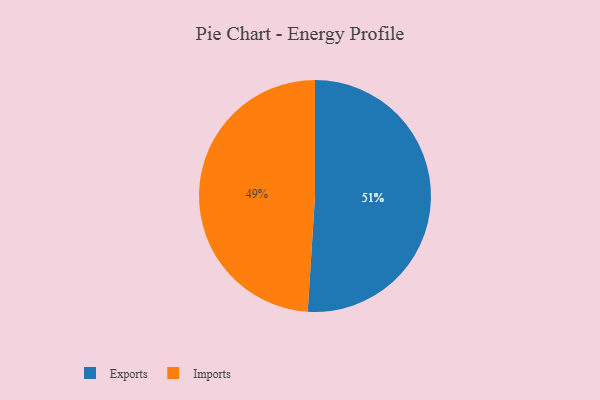
{"axis": {"x": "Category", "y": "Percentage"}, "legend": ["Exports", "Imports"], "data": [{"x": "Imports", "y": 49, "type": "Imports"}, {"x": "Exports", "y": 51, "type": "Exports"}]}